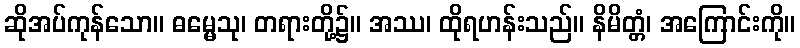
ဆိုအပ်ကုန်သော။ ဓမ္မေသု၊ တရားတို့၌။ အဿ၊ ထိုရဟန်းသည်။ နိမိတ္တံ၊ အကြောင်းကို။